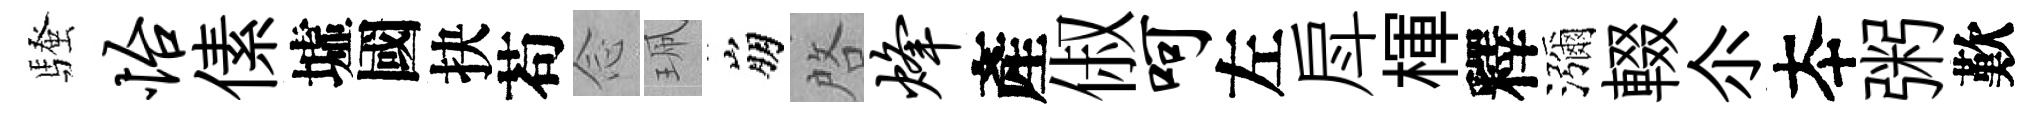
騷怡傃墟國抉苟𫝹珮崩啓烽產俶呵左戽楎釋瀰輟尒夲粥歎